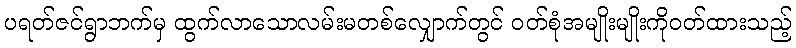
ပရတ်ဇင်ရွာဘက်မှ ထွက်လာသောလမ်းမတစ်လျှောက်တွင် ဝတ်စုံအမျိုးမျိုးကိုဝတ်ထားသည့်